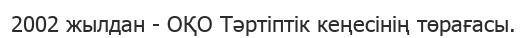
2002 жылдан - ОҚО Тәртіптік кеңесінің төрағасы.